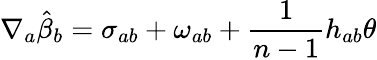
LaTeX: \nabla_{a}\hat{\beta}_{b}=\sigma_{ab}+\omega_{ab}+\frac{1}{n-1}h_{ab}\theta